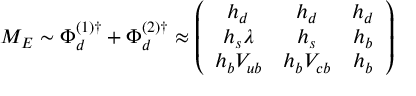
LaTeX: M _ { E } \sim \Phi _ { d } ^ { ( 1 ) \dagger } + \Phi _ { d } ^ { ( 2 ) \dagger } \approx \left( \begin{array} { c c c } { { h _ { d } } } & { { h _ { d } } } & { { h _ { d } } } \\ { { h _ { s } \lambda } } & { { h _ { s } } } & { { h _ { b } } } \\ { { h _ { b } V _ { u b } } } & { { h _ { b } V _ { c b } } } & { { h _ { b } } } \end{array} \right)